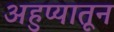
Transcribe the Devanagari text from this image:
अहुप्यातून